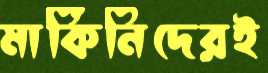
মার্কিনিদেরই